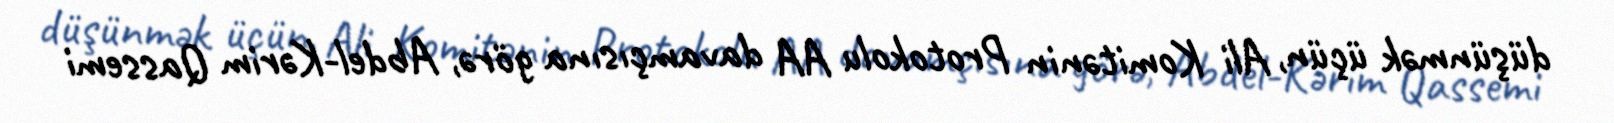
düşünmək üçün, Ali Komitənin Protokolu AA davamçısına görə, Abdel-Kərim Qassemi